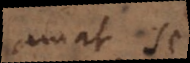
amat se